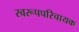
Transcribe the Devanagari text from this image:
स्वरूपपरिचायक